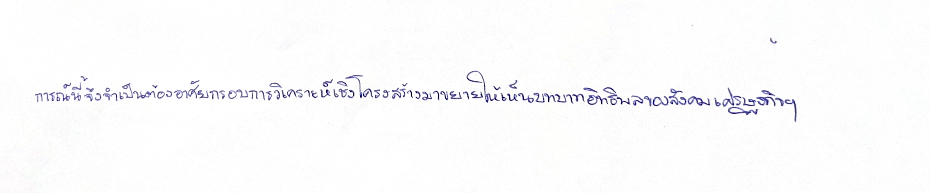
การณ์นี้จึงจำเป็นต้องอาศัยกรอบการวิเคราะห์เชิงโครงสร้างมาขยายให้เห็นบทบาทอิทธิพลของสังคมเศรษฐกิจฯ